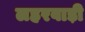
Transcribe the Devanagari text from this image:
लहरवाड़ी